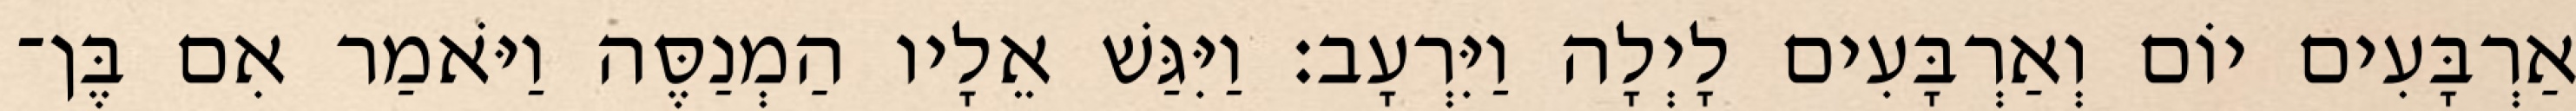
אַרְבָּעִים יוֹם וְאַרְבָּעִים לָיְלָה וַיִּרְעָב׃ וַיִּגַּשׁ אֵלָיו הַמְנַסֶּה וַיֹּאמַר אִם בֶּן־